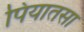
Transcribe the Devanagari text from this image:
पियातसा